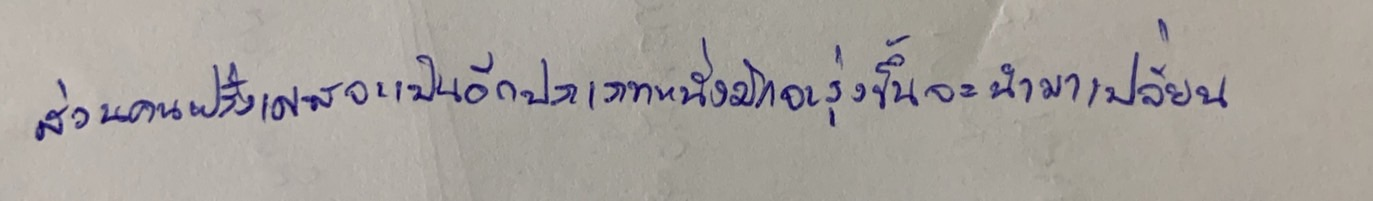
ส่วนคนฝรั่งเศสจะเป็นอีกประเภทหนึ่งมักจะรุ่งขึ้นจะนำมาเปลี่ยน